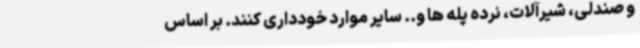
و صندلی، شیرآلات، نرده پله ها و.. سایر موارد خودداری کنند. بر اساس